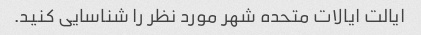
ایالت ایالات متحده شهر مورد نظر را شناسایی کنید.